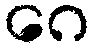
ဂေ